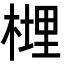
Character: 榸